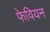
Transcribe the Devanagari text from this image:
फेवियन